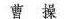
曹操